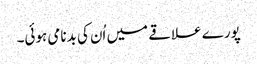
پورے علاقے میں اُن کی بدنامی ہوئی۔